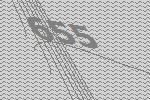
655